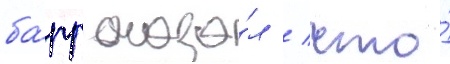
ба́рр сказа́л / что́